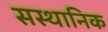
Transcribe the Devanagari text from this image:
सस्थानिक